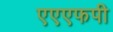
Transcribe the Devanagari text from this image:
एएएफपी